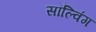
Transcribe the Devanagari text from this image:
सॉल्विंग